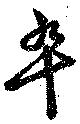
卆